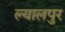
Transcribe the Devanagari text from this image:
ल्यालपुर